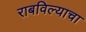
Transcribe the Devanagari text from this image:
राबविल्याचा